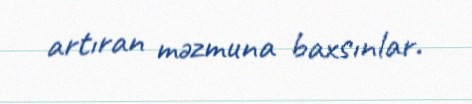
artıran məzmuna baxsınlar.